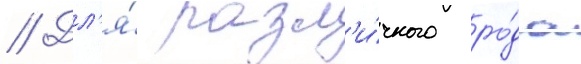
// Дл'я́ разл'и́чного ро́да